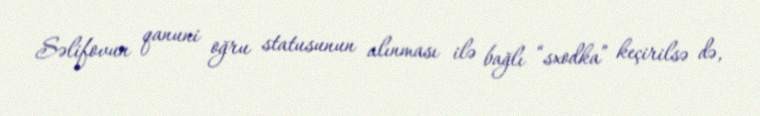
Səlifovun qanuni oğru statusunun alınması ilə bağlı “sxodka” keçirilsə də,